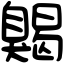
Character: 𦤦